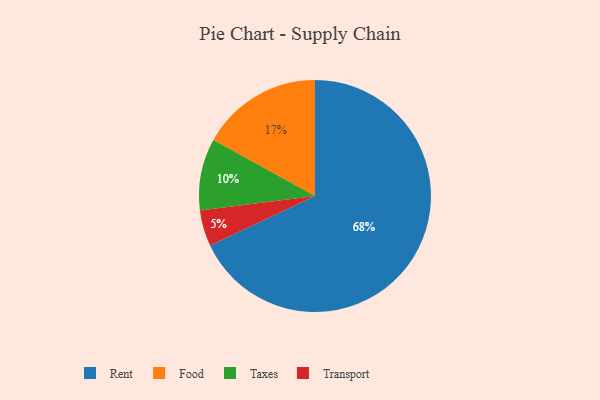
{"axis": {"x": "Category", "y": "Percentage"}, "legend": ["Food", "Rent", "Taxes", "Transport"], "data": [{"x": "Rent", "y": 68, "type": "Rent"}, {"x": "Taxes", "y": 10, "type": "Taxes"}, {"x": "Transport", "y": 5, "type": "Transport"}, {"x": "Food", "y": 17, "type": "Food"}]}